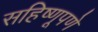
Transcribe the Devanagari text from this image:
सहिष्णूपणे